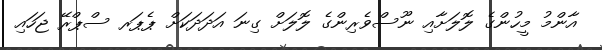
އާންމު މީހުންގެ ލޮލަށާއި ނޫސްވެރިންގެ ލޮލަށް ގިނަ އަދަދަކަށް ޕެޕަރ ސްޕްރޭ ޖަހައި